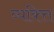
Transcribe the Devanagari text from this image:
व्यक्त्ति